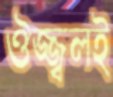
ঔজ্জ্বলই